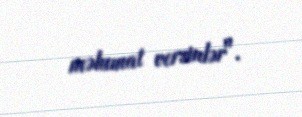
məlumat versinlər".